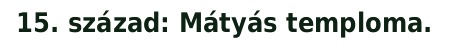
15. század: Mátyás temploma.